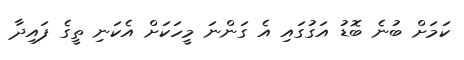
ކަމަށް ބުނެ ބޮޑު އަގުގައި އެ ގަންނަ މީހަކަށް އެކަނި ތީގެ ފައިދާ